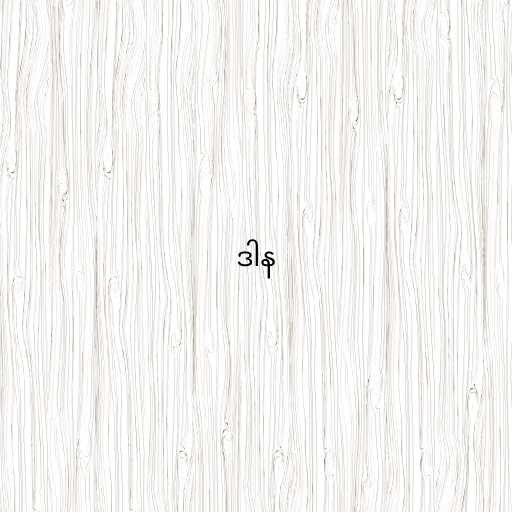
ဒါန